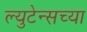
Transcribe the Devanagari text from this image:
ल्युटेन्सच्‍या